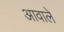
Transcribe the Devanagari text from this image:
आवाले